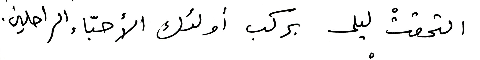
التحقتْ ليلى بركب أولئك الأحبّاء الراحلين.